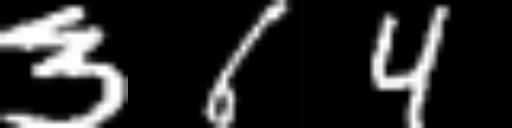
Text: 364